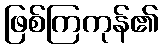
ဖြစ်ကြကုန်၏